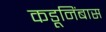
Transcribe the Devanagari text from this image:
कडूनिंबास